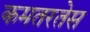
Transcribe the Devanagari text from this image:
कमतरतेस